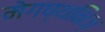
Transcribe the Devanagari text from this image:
मेगष्थनिज़